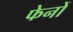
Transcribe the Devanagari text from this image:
फेनों